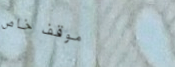
موقف خاص